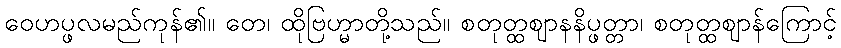
ဝေဟပ္ဖလမည်ကုန်၏။ တေ၊ ထိုဗြဟ္မာတို့သည်။ စတုတ္ထဈာနနိပ္ဖတ္တာ၊ စတုတ္ထဈာန်ကြောင့်